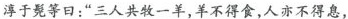
淳于髡等日：”三人共牧一羊，羊不得食，人亦不得息，